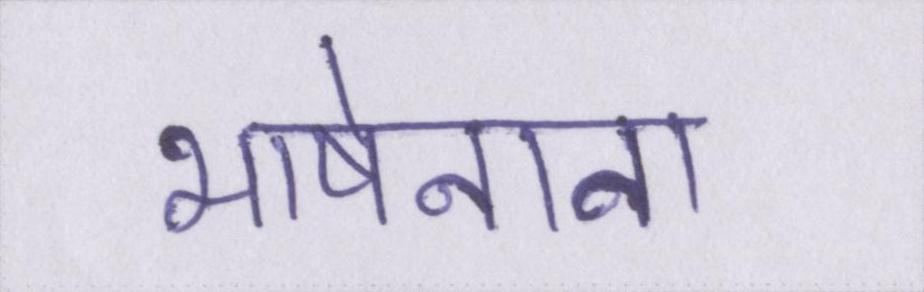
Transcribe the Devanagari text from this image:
भाषेनाना